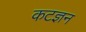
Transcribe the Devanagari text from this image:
कटज्ञन